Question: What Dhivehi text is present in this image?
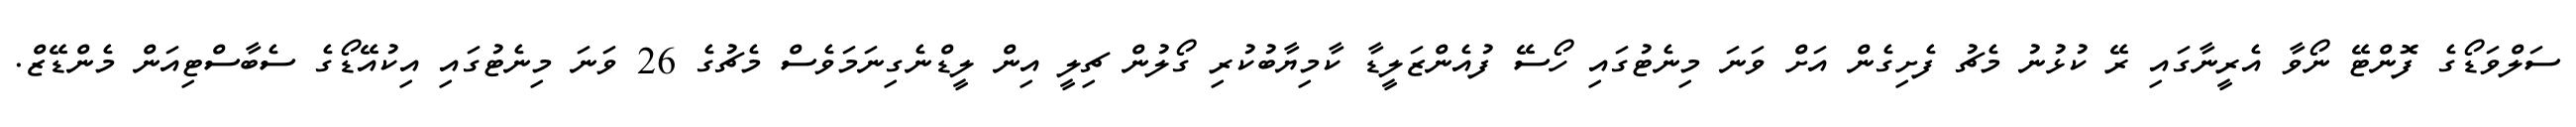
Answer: ސަލްވަޑޯގެ ފޮންޓޭ ނޯވާ އެރީނާގައި ރޭ ކުޅުނު މެޗު ފެށިގެން އަށް ވަނަ މިނެޓުގައި ހޯސޭ ފުއެންޒަލީޑާ ކާމިޔާބުކުރި ގޯލުން ޗިލީ އިން ލީޑްނެގިނަމަވެސް މެޗުގެ 26 ވަނަ މިނެޓުގައި އިކުއޭޑޯގެ ސެބާސްޓިއަން މެންޑޭޒް.